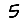
Digit: 5